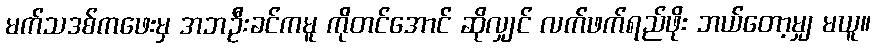
မက်သဒစ်ကဖေးမှ အဘဦးခင်ကမူ ကိုတင်အောင် ဆိုလျှင် လက်ဖက်ရည်ဖိုး ဘယ်တော့မျှ မယူ။